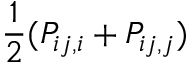
\frac { 1 } { 2 } ( P _ { i j , i } + P _ { i j , j } )